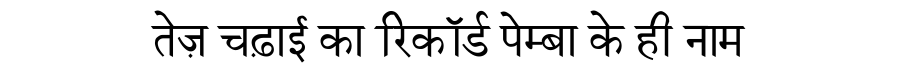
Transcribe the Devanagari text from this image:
तेज़ चढ़ाई का रिकॉर्ड पेम्बा के ही नाम